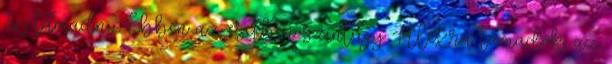
3x támadni. Ebben az esetben szintúgy Alexra támadok; az